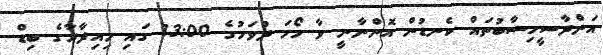
އަންދާސީހިސާބުތައް ކެނޑުން އޮންނާނީ ވާ ހޯމަ ދުވަހުގެ 13:00 ގައި މިއިދާރާގެ ބިޑް